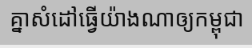
គ្នាសំដៅធ្វើយ៉ាងណាឲ្យកម្ពុជា